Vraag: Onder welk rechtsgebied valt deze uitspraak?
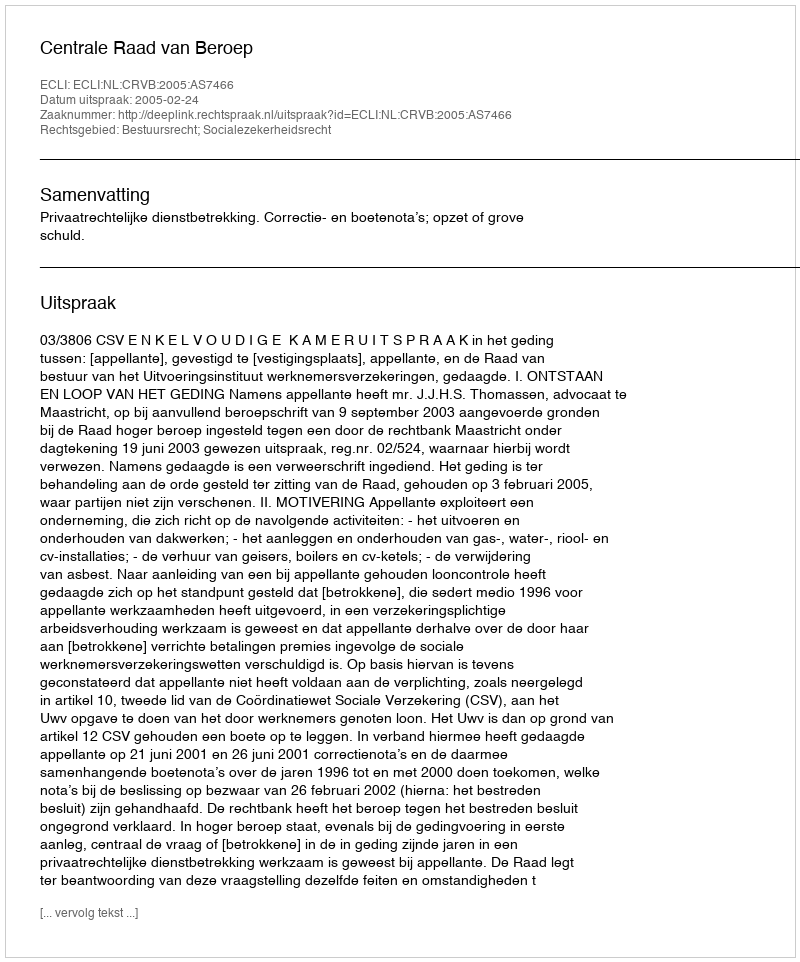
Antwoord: Bestuursrecht; Socialezekerheidsrecht